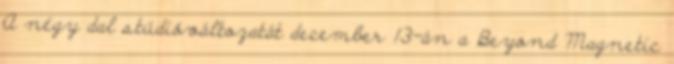
A négy dal stúdióváltozatát december 13-án a Beyond Magnetic